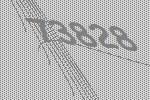
73828